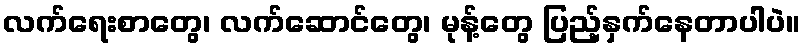
လက်ရေးစာတွေ၊ လက်ဆောင်တွေ၊ မုန့်တွေ ပြည့်နှက်နေတာပါပဲ။